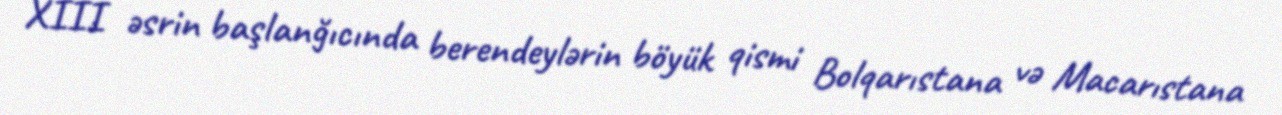
XIII əsrin başlanğıcında berendeylərin böyük qismi Bolqarıstana və Macarıstana